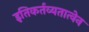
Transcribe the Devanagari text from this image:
इतिकर्तव्यतात्वेन